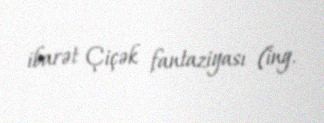
ibarət Çiçək fantaziyası (ing.